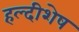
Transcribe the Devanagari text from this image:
हल्दीशेष